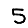
Digit: 5